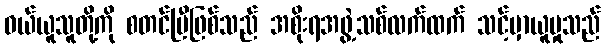
ဝယ်ယူသူတို့ကို စတင်ပြီဖြစ်သည် အစိုးရအဖွဲ့သစ်လက်ထက် သင့်မှာယူမှုသည်